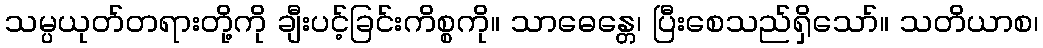
သမ္ပယုတ်တရားတို့ကို ချီးပင့်ခြင်းကိစ္စကို။ သာဓေန္တေ၊ ပြီးစေသည်ရှိသော်။ သတိယာစ၊